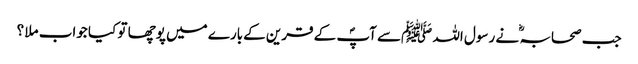
جب صحابہ ؓ نے رسول اللہ ﷺسے آپؐ کے قرین کےبارے میں پوچھا تو کیا جواب ملا ؟